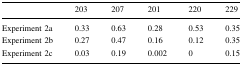
<table><thead><tr><td></td><td><b>203</b></td><td><b>207</b></td><td><b>201</b></td><td><b>220</b></td><td><b>229</b></td></tr></thead><tbody><tr><td>Experiment 2a</td><td>0.33</td><td>0.63</td><td>0.28</td><td>0.53</td><td>0.35</td></tr><tr><td>Experiment 2b</td><td>0.27</td><td>0.47</td><td>0.16</td><td>0.12</td><td>0.35</td></tr><tr><td>Experiment 2c</td><td>0.03</td><td>0.19</td><td>0.002</td><td>0</td><td>0.15</td></tr></tbody></table>